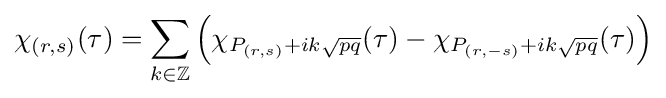
\chi _{(r,s)}(\tau )=\sum _{k\in \mathbb {Z} }\left(\chi _{P_{(r,s)}+ik{\sqrt {pq}}}(\tau )-\chi _{P_{(r,-s)}+ik{\sqrt {pq}}}(\tau )\right)